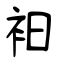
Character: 衵